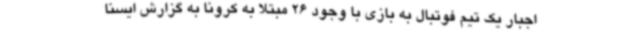
اجبار یک تیم فوتبال به بازی با وجود 26 مبتلا به کرونا به گزارش ایسنا